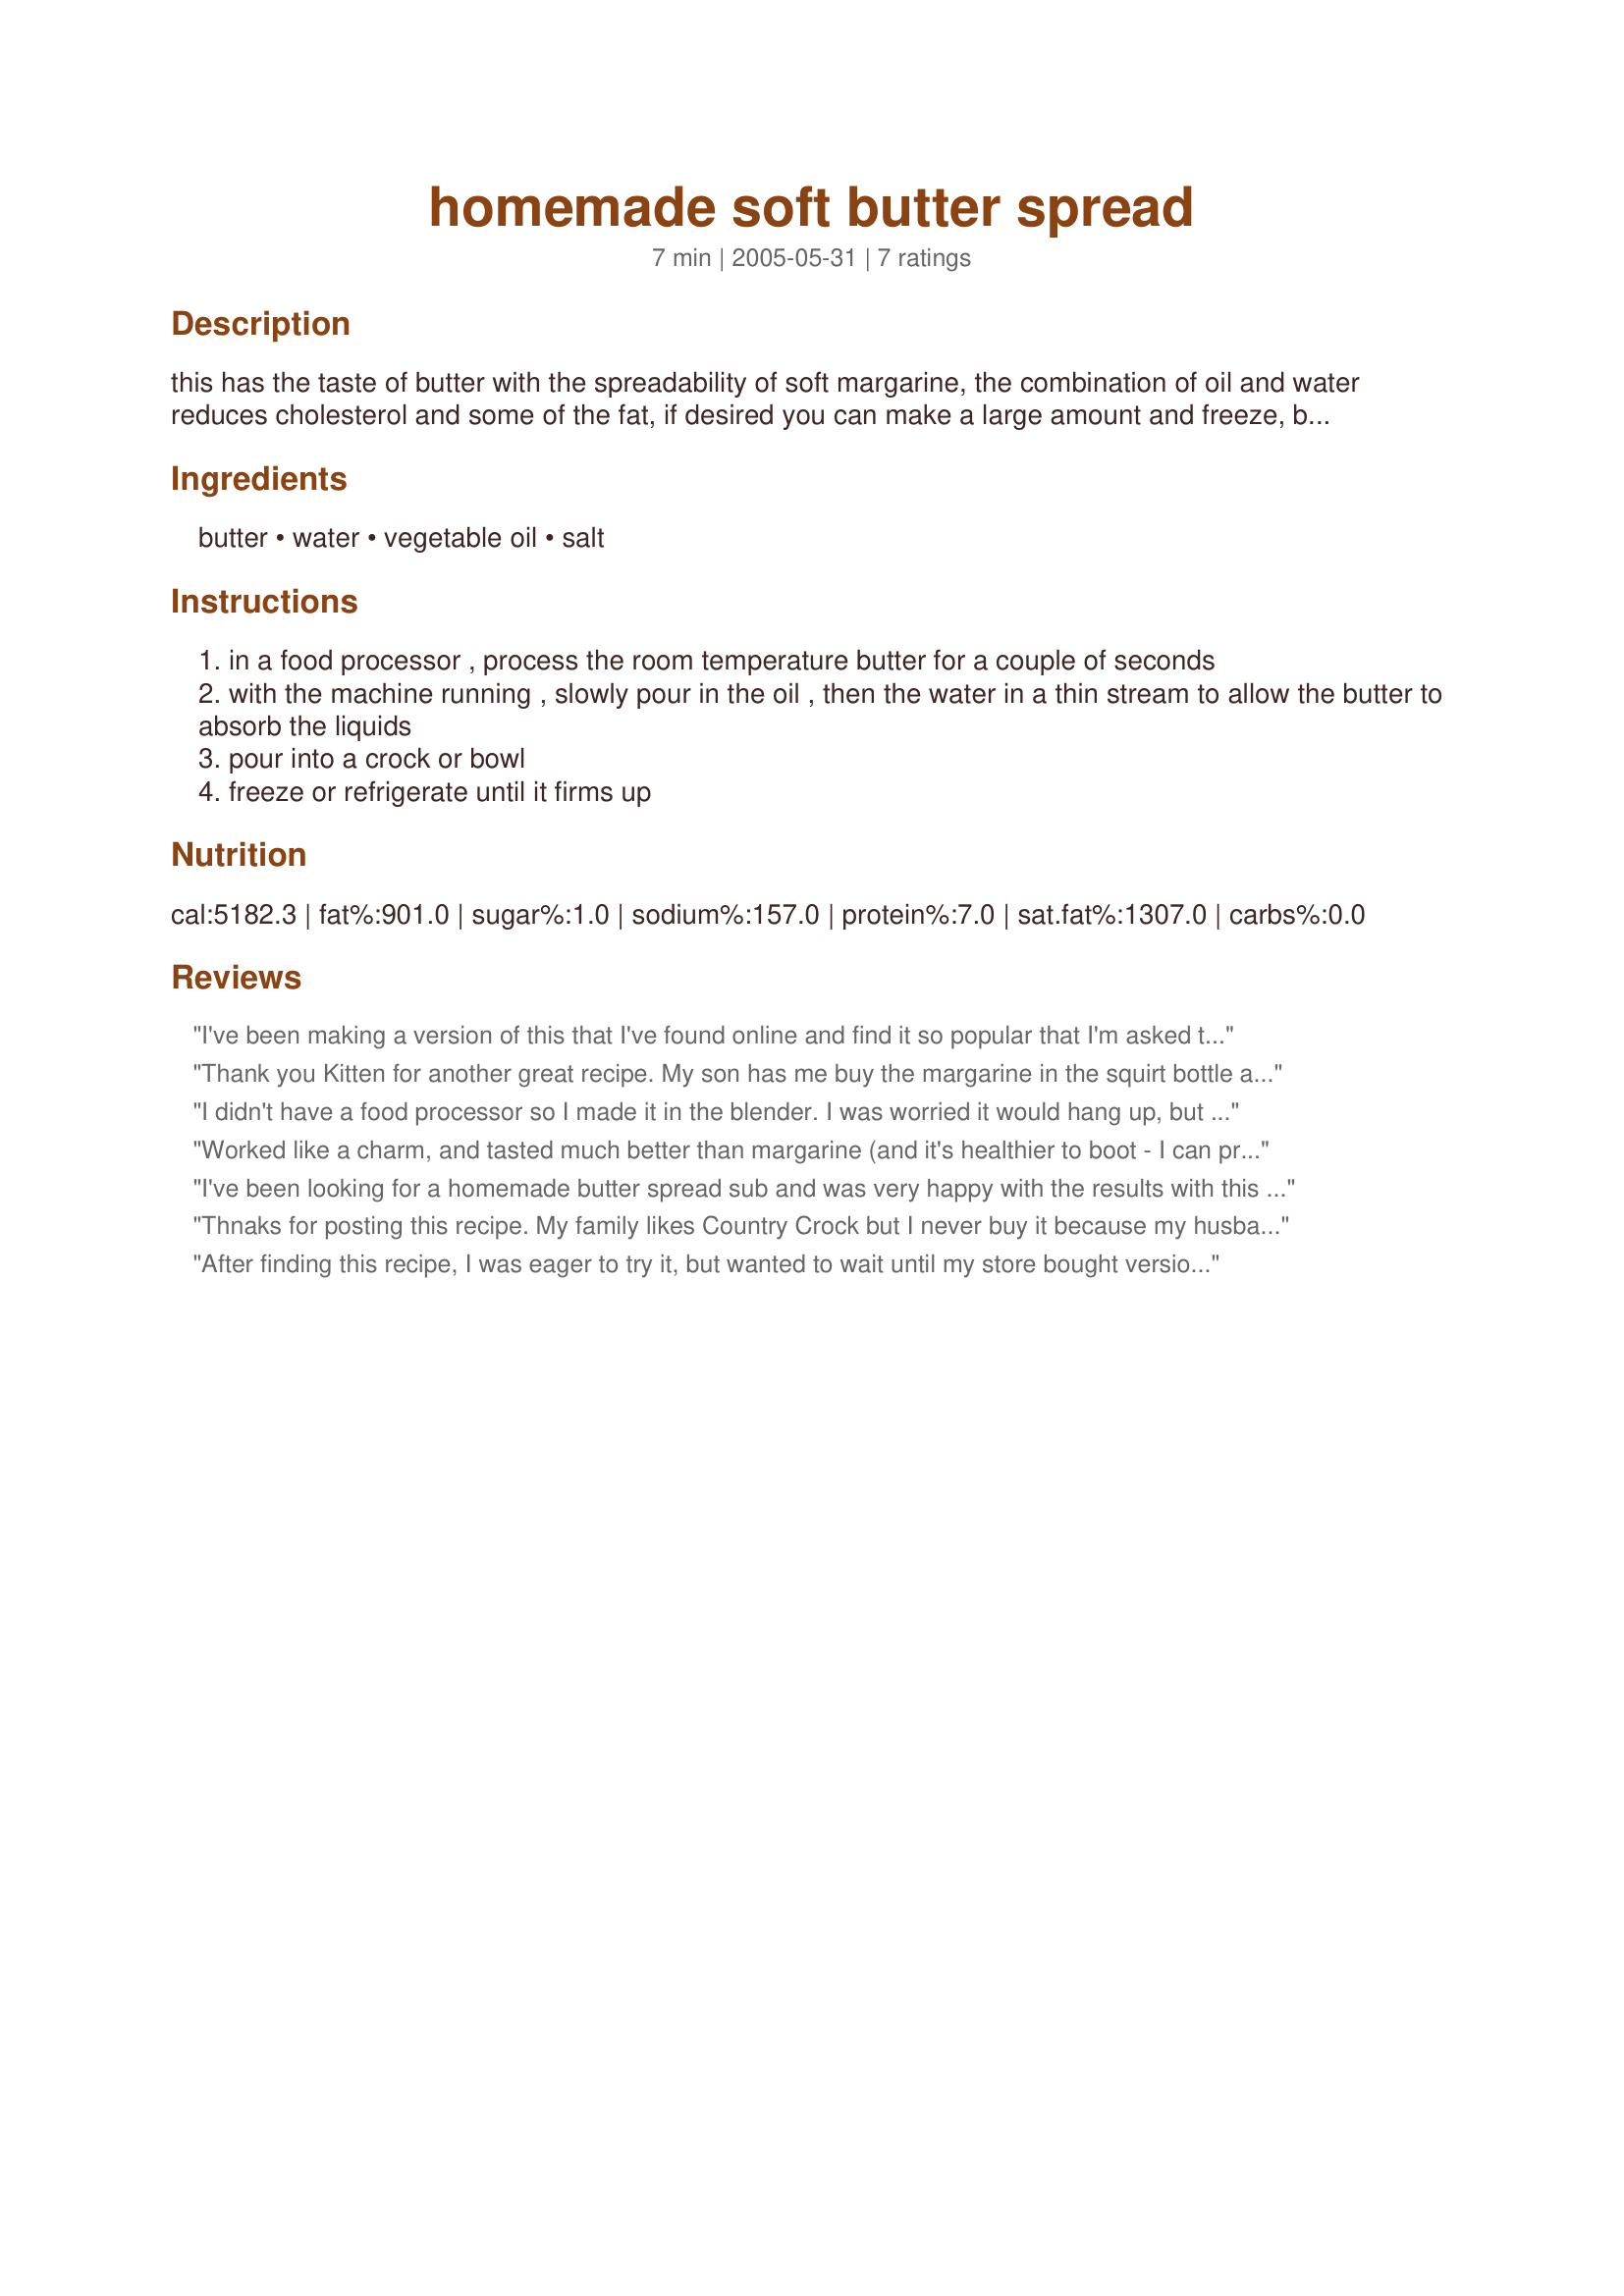
homemade soft butter spread
Preparation time: 7 minutes

this has the taste of butter with the spreadability of soft margarine, the combination of oil and water reduces cholesterol and some of the fat, if desired you can make a large amount and freeze, before you start make certain that the water and butter are at room temperature or you might have trouble mixing the water and oil into the butter.

Ingredients:
butter, water, vegetable oil, salt

Steps:
in a food processor , process the room temperature butter for a couple of seconds
with the machine running , slowly pour in the oil , then the water in a thin stream to allow the butter to absorb the liquids
pour into a crock or bowl
freeze or refrigerate until it firms up

Reviews:
I've been making a version of this that I've found online and find it so popular that I'm asked to provide all the "butter spread" for holiday meals! Here's what I do:

1 - I substitute light-tasting Olive Oil for the vegetable oil, making it healthier still.

2 - You need to let this sit long enough so the oil taste doesn't overtake the butter taste. After chilled a bit, it tastes MUCH better.

3 - For freshest long-lasting taste we store in the smaller Pyrex clear glass bowls with the plastic covers. Very spreadable!
Thank you Kitten for another great recipe. My son has me buy the margarine in the squirt bottle and it is not butter- This is so much better, He loves it on rice, and corn in the summer. (I have it in a squirt bottle.)A keeper!
I didn't have a food processor so I made it in the blender. I was worried it would hang up, but once I drizzled the oil in, it mixed fine. It's nice and creamy. I added about 1/4 tsp of No Salt to a half batch and I think it was too much (even w/unsalted butter). The granules didn't seem to disintegrate. This fit well into a clean 1 lb butter tub, with room to spare.
Worked like a charm, and tasted much better than margarine (and it's healthier to boot - I can pronounce all the ingredients). It was a bit salty for our tastes, but we're used to unsalted butter. Easily fixed next time around. This will become a standard at my house.
I've been looking for a homemade butter spread sub and was very happy with the results with this recipe. I won't buy margarine and while I usually purchase the little tubs of Challenge butter with canola oil, it's much more expensive than making it yourself, and the kids seem to go through it pretty quickly. Made 1/4 recipe so it would fit in the butter compartment of the fridge although I liked Kitten's tip about freezing and will do that next time. I used canola oil and unsalted butter and the result was almost white since there's no coloring added. The addition of water makes this a bit fluffier and reduces the fat per serving. Unless you're on a sodium restricted diet, the salt really is necessary to make it most like commercial products. Easy, quick and cheap, and you know what you're eating. Thanks so much! Great recipe, Carol!
Thnaks for posting this recipe. My family likes Country Crock but I never buy it because my husband and I don't like it to much. 
This recipe make a buttery tasting spread. It mixed up so quuick and easy. Now when they come over they won't say why don't you buy Country Crock it's easy to spread than butter.

Thanks KITTENCAL.

Bullwinkle.
After finding this recipe, I was eager to try it, but wanted to wait until my store bought version was gone..Rather than do a whole pound of butter and not like it, I tried only 1/4 of the recipe. I also don`t have a food processor, so I creamed the butter with a wooden spoon, and then added the water and vegetable oil, blending well with a spatula.. Anxious to see the results, I put in freezer for 20 to 30 minutes, while I was busy doing other baking.. Very pleased with the results. I will in the future, up the amount of butter to the oil.. I found too much oil taste and not enough butter taste.. I would also maybe like to try with corn oil next time..Regardless, I will not pay top dollar for commercial, spreadable butter ever again!!!Cat^..^atude
